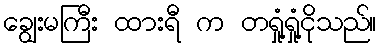
ချွေးမကြီး ထားရီ က တရှုံ့ရှုံ့ငိုသည်။